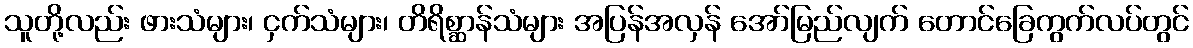
သူတို့လည်း ဖားသံများ၊ ငှက်သံများ၊ တိရိစ္ဆာန်သံများ အပြန်အလှန် အော်မြည်လျက် တောင်ခြေကွက်လပ်တွင်